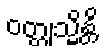
ဝတ္ထုသ္မိန္တိ